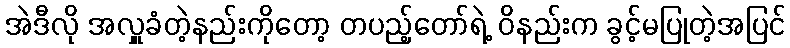
အဲဒီလို အလှူခံတဲ့နည်းကိုတော့ တပည့်တော်ရဲ့ ဝိနည်းက ခွင့်မပြုတဲ့အပြင်